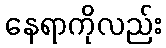
နေရာကိုလည်း